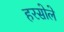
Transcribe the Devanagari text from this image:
हरसोले